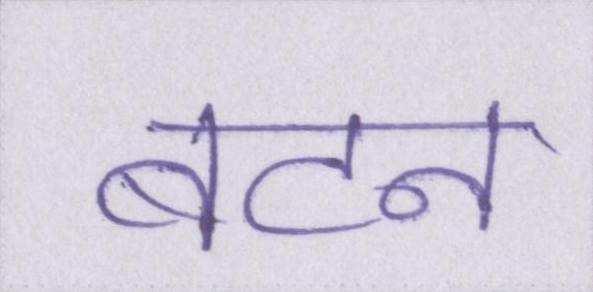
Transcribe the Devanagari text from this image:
बटन